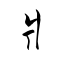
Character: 爿